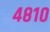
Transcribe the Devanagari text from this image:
४८१०